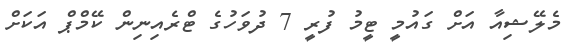
މެލޭޝިއާ އަށް ގައުމީ ޓީމު ފުރީ 7 ދުވަހުގެ ޓްރެއިނިން ކޭމްޕް އަކަށް